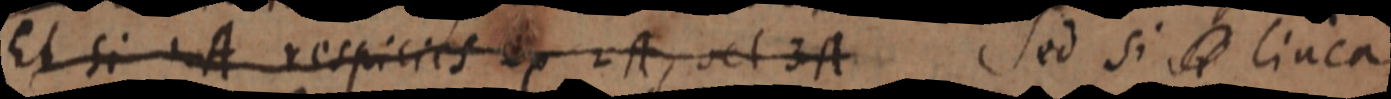
Et si A respicies ex 2A, vel 3A Sed si _ linea